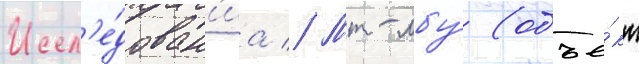
Иссл'е́дован'иа // Мт-лбу́ (объе́кт